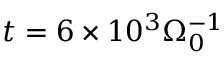
t = 6 \times 1 0 ^ { 3 } \Omega _ { 0 } ^ { - 1 }